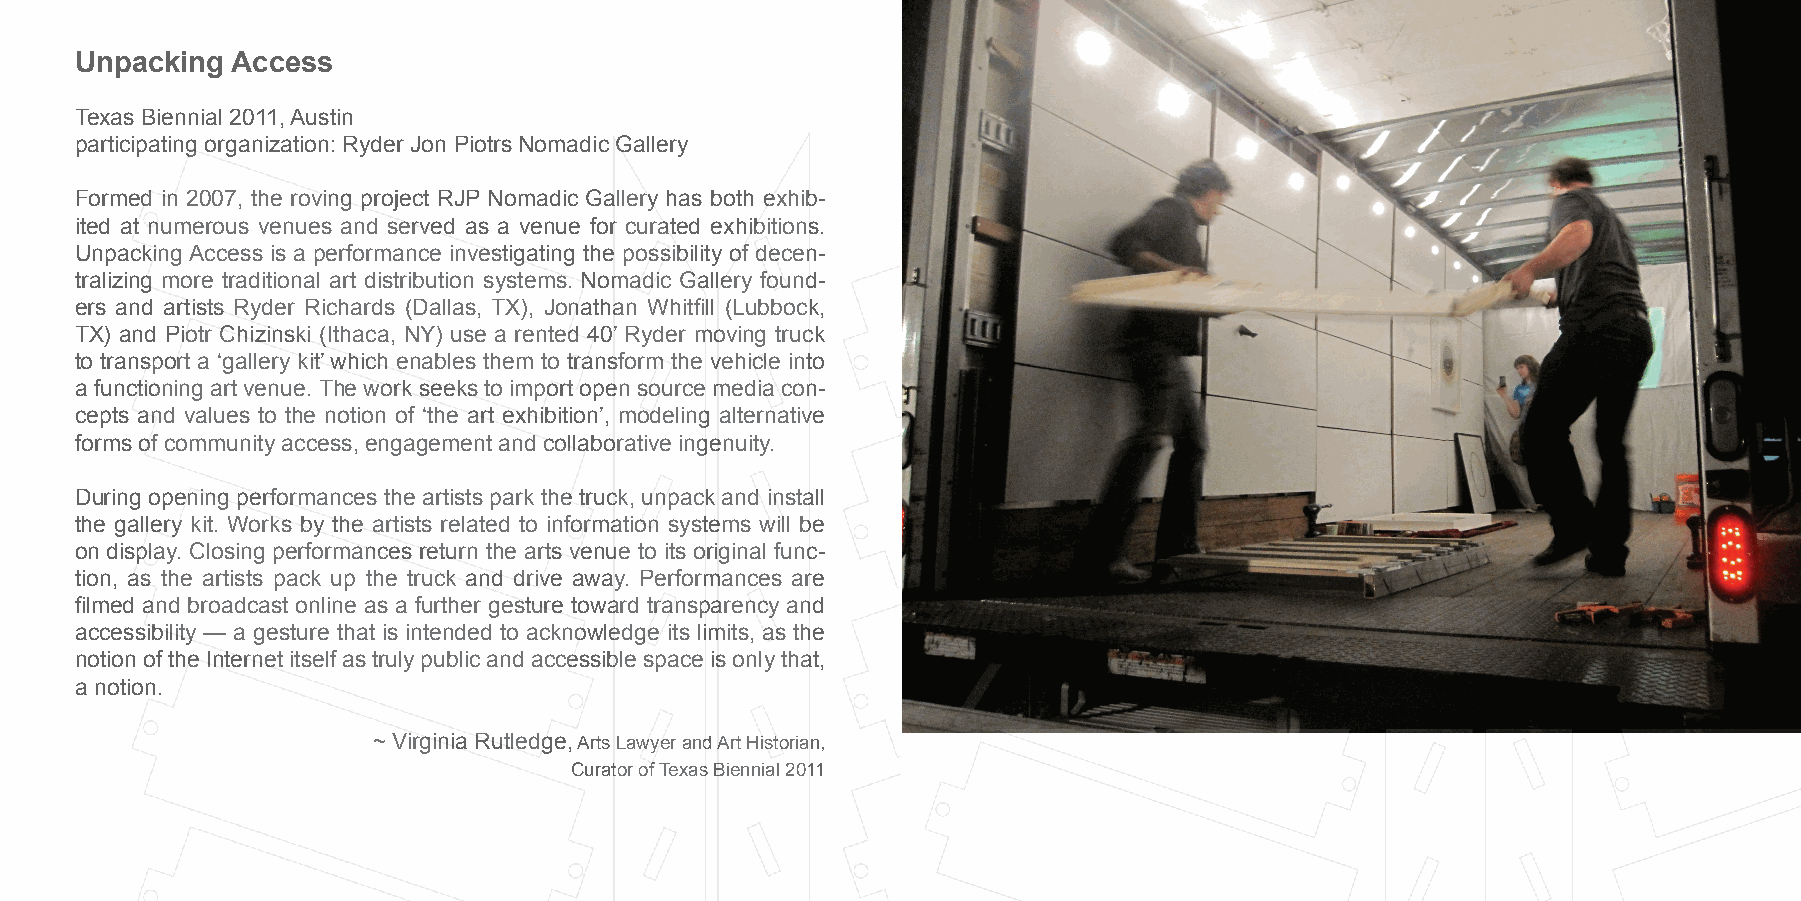
Unpacking access
 texas Biennial 2011, austin
 participating organization: Ryder Jon Piotrs Nomadic Gallery
 Formed in 2007, the roving project RJP Nomadic Gallery has both exhib-
 ited at numerous venues and served as a venue for curated exhibitions.
 Unpacking access is a performance investigating the possibility of decen-
 tralizing more traditional art distribution systems. Nomadic Gallery found-
 ers and artists Ryder Richards (dallas, tX), Jonathan Whitfill (lubbock,
 tX) and Piotr Chizinski (ithaca, Ny) use a rented 40’ Ryder moving truck
 to transport a ‘gallery kit’ which enables them to transform the vehicle into
 a functioning art venue. the work seeks to import open source media con-
 cepts and values to the notion of ‘the art exhibition’, modeling alternative
 forms of community access, engagement and collaborative ingenuity.
 during opening performances the artists park the truck, unpack and install
 the gallery kit. Works by the artists related to information systems will be
 on display. Closing performances return the arts venue to its original func-
 tion, as the artists pack up the truck and drive away. Performances are
 filmed and broadcast online as a further gesture toward transparency and
 accessibility — a gesture that is intended to acknowledge its limits, as the
 notion of the internet itself as truly public and accessible space is only that,
 a notion.
 ~ Virginia Rutledge, arts lawyer and art Historian,
 Curator of texas Biennial 2011